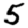
Digit: 5